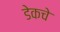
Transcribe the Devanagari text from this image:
डेकचे